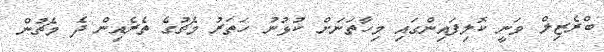
ބްރެޒިލް ވަނީ ކޮލިފައިންގައި މިހާތަނަށް ކުޅުނު ހަތަރު މެޗުގެ ތެރެއިން ދެ މެޗުން